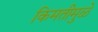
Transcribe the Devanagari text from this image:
किमतीमुळे